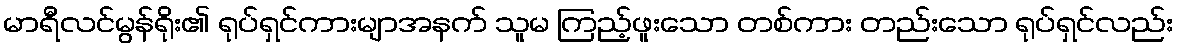
မာရီလင်မွန်ရိုး၏ ရုပ်ရှင်ကားမျာအနက် သူမ ကြည့်ဖူးသော တစ်ကား တည်းသော ရုပ်ရှင်လည်း